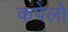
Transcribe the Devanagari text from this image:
कपेलो